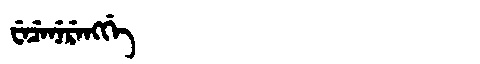
Manchu: ᠸᡝᠴᡝᠨᡝᡵᡝᠩᡤᡝ
Romanization: WECENERENGGE